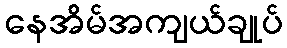
နေအိမ်အကျယ်ချုပ်